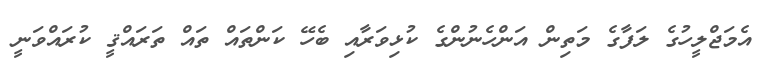
އެމަޖްލީހުގެ ލަފާގެ މަތިން އަންހެނުންގެ ކުޅިވަރާއި ބެހޭ ކަންތައް ތައް ތަރައްޤީ ކުރައްވަނީ